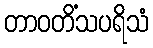
တာဝတိံသပရိသံ